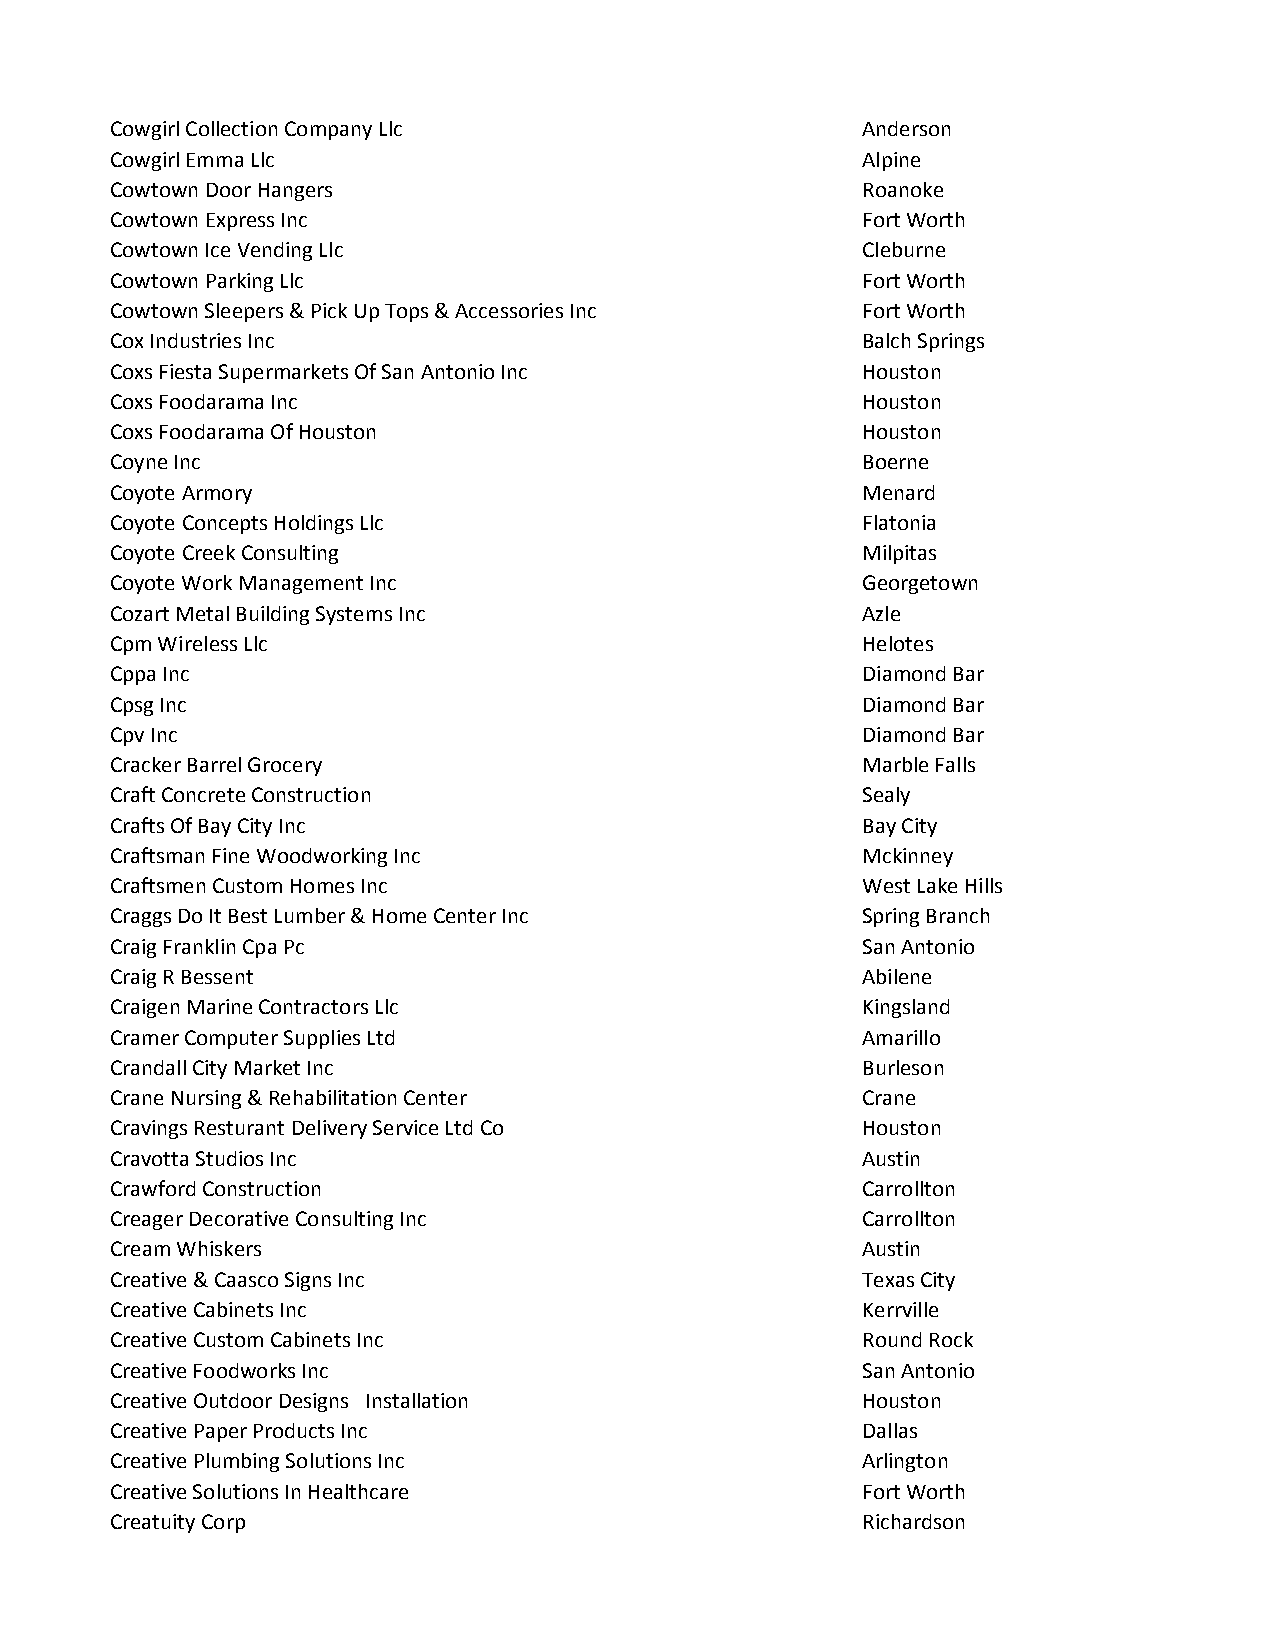
Cowgirl Collection Company Llc                    Anderson
 Cowgirl Emma Llc                                  Alpine
 Cowtown Door Hangers                              Roanoke
 Cowtown Express Inc                               Fort Worth
 Cowtown Ice Vending Llc                           Cleburne
 Cowtown Parking Llc                               Fort Worth
 Cowtown Sleepers & Pick Up Tops & Accessories Inc Fort Worth
 Cox Industries Inc                                Balch Springs
 Coxs Fiesta Supermarkets Of San Antonio Inc       Houston
 Coxs Foodarama Inc                                Houston
 Coxs Foodarama Of Houston                         Houston
 Coyne Inc                                         Boerne
 Coyote Armory                                     Menard
 Coyote Concepts Holdings Llc                      Flatonia
 Coyote Creek Consulting                           Milpitas
 Coyote Work Management Inc                        Georgetown
 Cozart Metal Building Systems Inc                 Azle
 Cpm Wireless Llc                                  Helotes
 Cppa Inc                                          Diamond Bar
 Cpsg Inc                                          Diamond Bar
 Cpv Inc                                           Diamond Bar
 Cracker Barrel Grocery                            Marble Falls
 Craft Concrete Construction                       Sealy
 Crafts Of Bay City Inc                            Bay City
 Craftsman Fine Woodworking Inc                    Mckinney
 Craftsmen Custom Homes Inc                        West Lake Hills
 Craggs Do It Best Lumber & Home Center Inc        Spring Branch
 Craig Franklin Cpa Pc                             San Antonio
 Craig R Bessent                                   Abilene
 Craigen Marine Contractors Llc                    Kingsland
 Cramer Computer Supplies Ltd                      Amarillo
 Crandall City Market Inc                          Burleson
 Crane Nursing & Rehabilitation Center             Crane
 Cravings Resturant Delivery Service Ltd Co        Houston
 Cravotta Studios Inc                              Austin
 Crawford Construction                             Carrollton
 Creager Decorative Consulting Inc                 Carrollton
 Cream Whiskers                                    Austin
 Creative & Caasco Signs Inc                       Texas City
 Creative Cabinets Inc                             Kerrville
 Creative Custom Cabinets Inc                      Round Rock
 Creative Foodworks Inc                            San Antonio
 Creative Outdoor Designs Installation             Houston
 Creative Paper Products Inc                       Dallas
 Creative Plumbing Solutions Inc                   Arlington
 Creative Solutions In Healthcare                  Fort Worth
 Creatuity Corp                                    Richardson